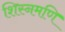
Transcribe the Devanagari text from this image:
शिस्नमणि